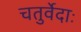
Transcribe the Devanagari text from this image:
चतुर्वेदाः